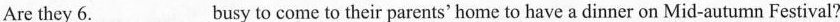
Are they 6.___busy to come to their parents'home to have a dinner on Mid-autumn Festival?